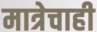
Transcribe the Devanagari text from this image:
मात्रेचाही